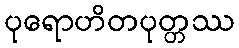
ပုရောဟိတပုတ္တဿ